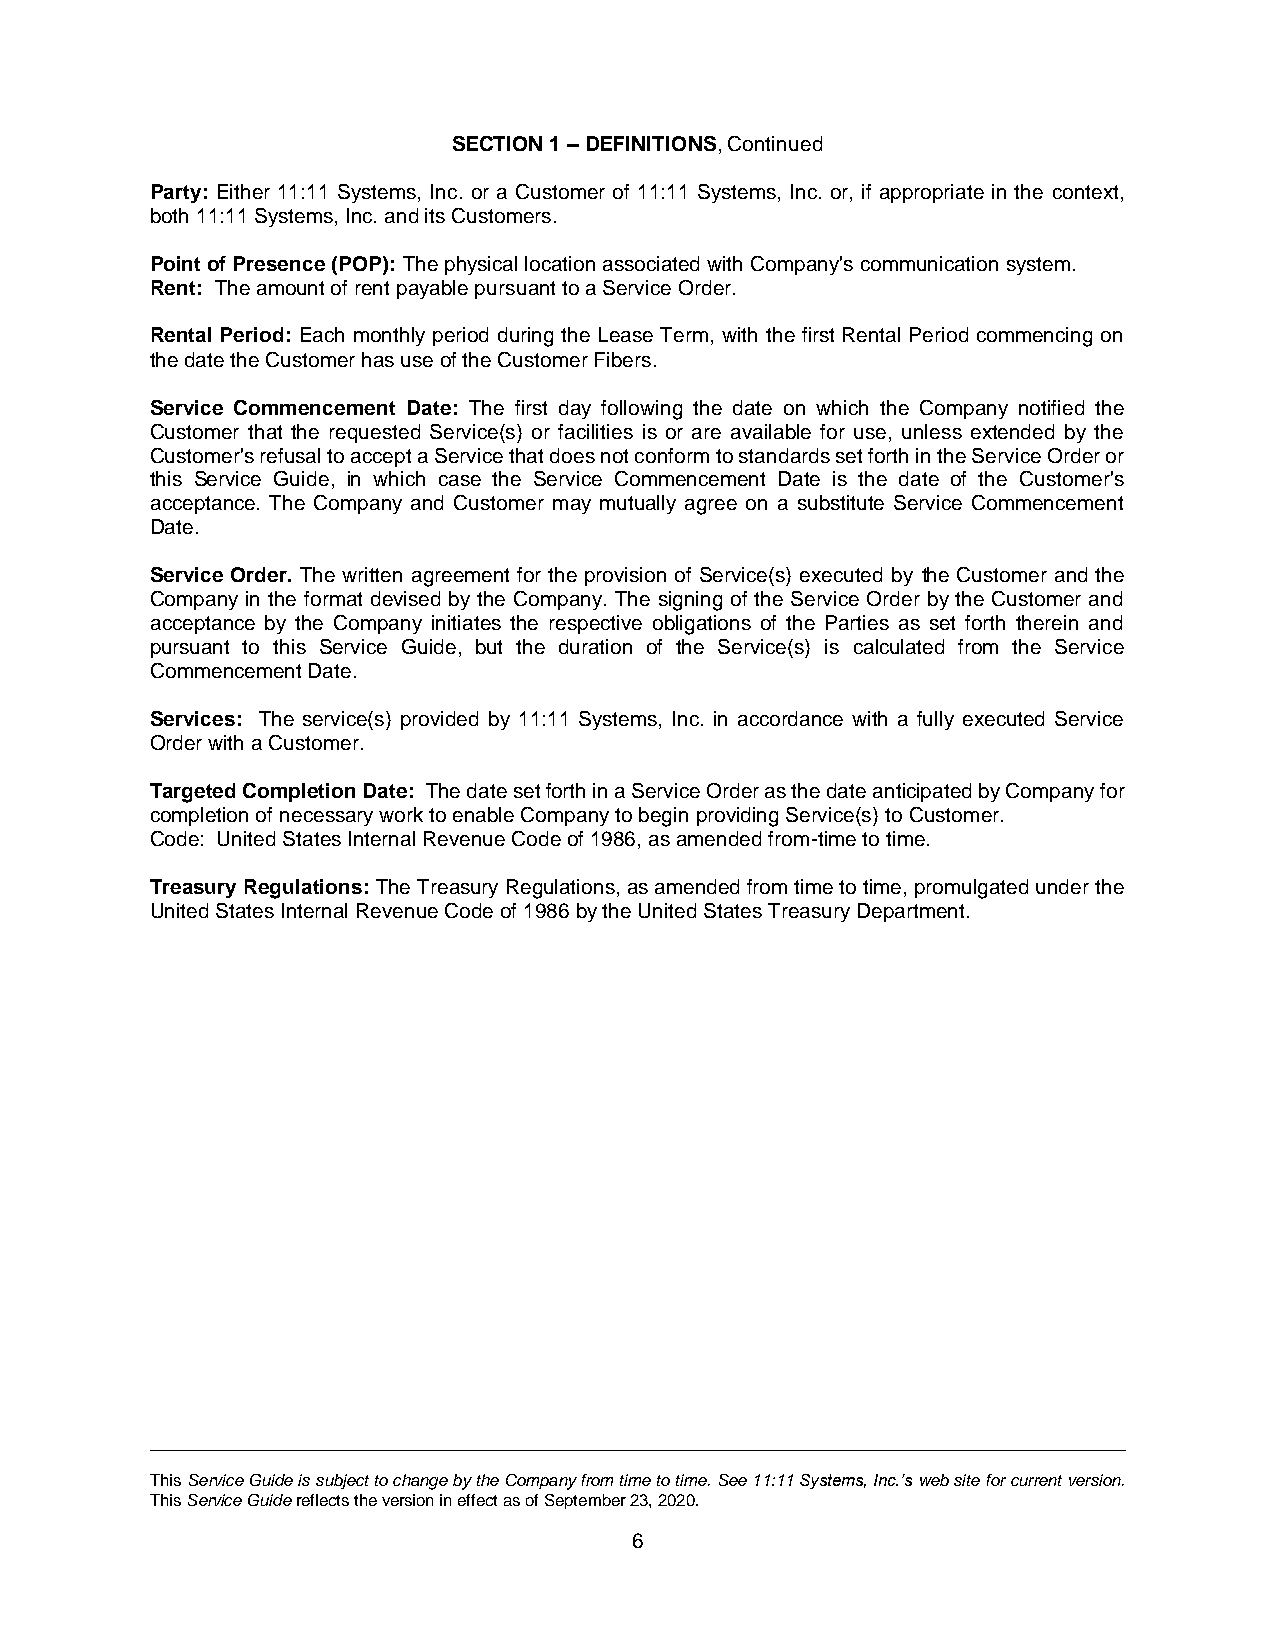
SECTION 1 – DEFINITIONS, Continued
 Party: Either 11:11 Systems, Inc. or a Customer of 11:11 Systems, Inc. or, if appropriate in the context,
 both 11:11 Systems, Inc. and its Customers.
 Point of Presence (POP): The physical location associated with Company's communication system.
 Rent: The amount of rent payable pursuant to a Service Order.
 Rental Period: Each monthly period during the Lease Term, with the first Rental Period commencing on
 the date the Customer has use of the Customer Fibers.
 Service Commencement Date: The first day following the date on which the Company notified the
 Customer that the requested Service(s) or facilities is or are available for use, unless extended by the
 Customer's refusal to accept a Service that does not conform to standards set forth in the Service Order or
 this Service Guide, in which case the Service Commencement Date is the date of the Customer's
 acceptance. The Company and Customer may mutually agree on a substitute Service Commencement
 Date.
 Service Order. The written agreement for the provision of Service(s) executed by the Customer and the
 Company in the format devised by the Company. The signing of the Service Order by the Customer and
 acceptance by the Company initiates the respective obligations of the Parties as set forth therein and
 pursuant to this Service Guide, but the duration of the Service(s) is calculated from the Service
 Commencement Date.
 Services: The service(s) provided by 11:11 Systems, Inc. in accordance with a fully executed Service
 Order with a Customer.
 Targeted Completion Date: The date set forth in a Service Order as the date anticipated by Company for
 completion of necessary work to enable Company to begin providing Service(s) to Customer.
 Code: United States Internal Revenue Code of 1986, as amended from-time to time.
 Treasury Regulations: The Treasury Regulations, as amended from time to time, promulgated under the
 United States Internal Revenue Code of 1986 by the United States Treasury Department.
 This Service Guide is subject to change by the Company from time to time. See 11:11 Systems, Inc.’s web site for current version.
 This Service Guide reflects the version in effect as of September 23, 2020.
 6